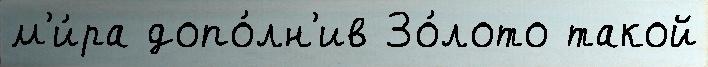
м'и́ра допо́лн'ив Зо́лото такой